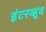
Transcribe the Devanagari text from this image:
इंटरव्हूव